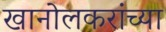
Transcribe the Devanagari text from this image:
खानोलकरांच्या